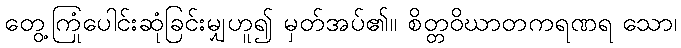
တွေ့ကြုံပေါင်းဆုံခြင်းမျှဟူ၍ မှတ်အပ်၏။ စိတ္တဝိဃာတကရဏရ သော၊